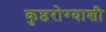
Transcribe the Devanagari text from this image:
कुष्ठरोग्याशी